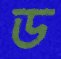
ড